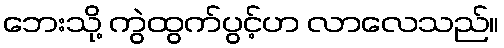
ဘေးသို့ ကွဲထွက်ပွင့်ဟ လာလေသည်။